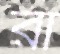
রা